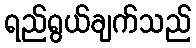
ရည်ရွယ်ချက်သည်